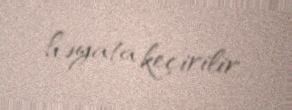
həyata keçirilir.